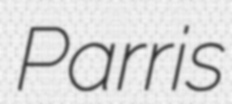
Parris